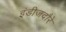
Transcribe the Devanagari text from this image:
इंडीजदौरे